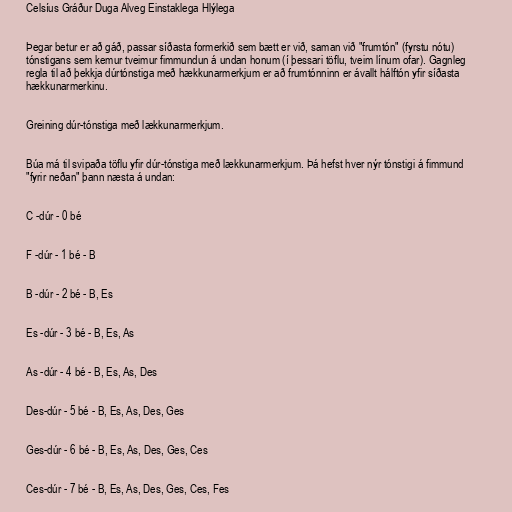
Celsíus Gráður Duga Alveg Einstaklega Hlýlega

Þegar betur er að gáð, passar síðasta formerkið sem bætt er við, saman við "frumtón" (fyrstu nótu)
tónstigans sem kemur tveimur fimmundun á undan honum (í þessari töflu, tveim línum ofar). Gagnleg
regla til að þekkja dúrtónstiga með hækkunarmerkjum er að frumtónninn er ávallt hálftón yfir síðasta
hækkunarmerkinu.

Greining dúr-tónstiga með lækkunarmerkjum.

Búa má til svipaða töflu yfir dúr-tónstiga með lækkunarmerkjum. Þá hefst hver nýr tónstigi á fimmund
"fyrir neðan" þann næsta á undan:

C -dúr - 0 bé

F -dúr - 1 bé - B

B -dúr - 2 bé - B, Es

Es -dúr - 3 bé - B, Es, As

As -dúr - 4 bé - B, Es, As, Des

Des-dúr - 5 bé - B, Es, As, Des, Ges

Ges-dúr - 6 bé - B, Es, As, Des, Ges, Ces

Ces-dúr - 7 bé - B, Es, As, Des, Ges, Ces, Fes